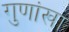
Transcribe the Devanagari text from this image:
गुणांखा